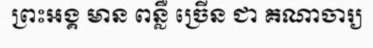
ព្រះអង្គ មាន ពន្លឺ ច្រើន ជា គណាចារ្យ